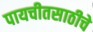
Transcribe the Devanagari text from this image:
पायचीतसाठीचे